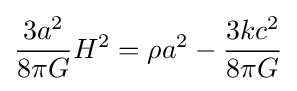
{\frac {3a^{2}}{8\pi G}}H^{2}=\rho a^{2}-{\frac {3kc^{2}}{8\pi G}}